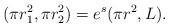
LaTeX: \begin{align*}(\pi r_1^2,\pi r_2^2) = e^s (\pi r^2, L).\end{align*}